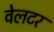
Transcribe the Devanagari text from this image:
वेलटर